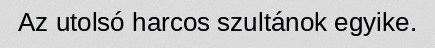
Az utolsó harcos szultánok egyike.